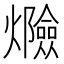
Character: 𰟸